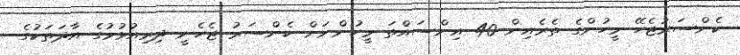
ކެންސަރުޖެހޭ މީހުންގެ ތެރެއިން 40 އިންސައްތަ މީހުންނަށް ކެންސަރު ޖެހެނީ ދިރިއުޅުމުގެ އާދަތަކުގެ